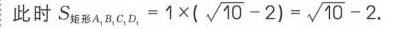
此时 \(S_{矩形A_{1}B_{1}C_{1}D_{1}} = 1\times(\sqrt{10}-2)=\sqrt{10}-2\).